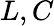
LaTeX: L,C